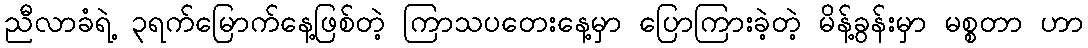
ညီလာခံရဲ့ ၃ရက်မြောက်နေ့ဖြစ်တဲ့ ကြာသပတေးနေ့မှာ ပြောကြားခဲ့တဲ့ မိန့်ခွန်းမှာ မစ္စတာ ဟာ